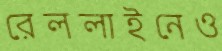
রেললাইনেও